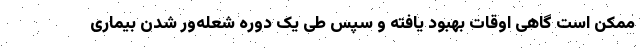
ممکن است گاهی اوقات بهبود یافته و سپس طی یک دوره شعله‌ور شدن بیماری